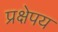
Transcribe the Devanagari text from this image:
प्रक्षेपय